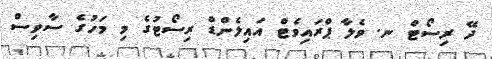
ދޭ ރިސޯޓް ނ. ވެލާ ޕްރައިވެޓް އައިލެންޑް ރިސޯޓުގެ މި މަހުގެ ސާވިސް